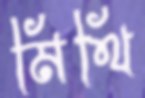
মিথি